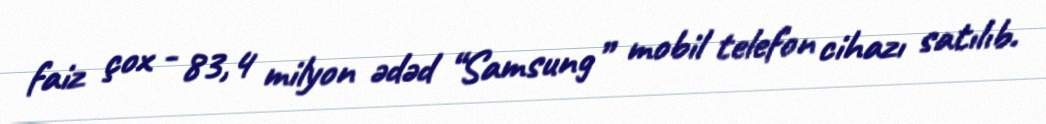
faiz çox - 83,4 milyon ədəd “Samsung” mobil telefon cihazı satılıb.